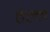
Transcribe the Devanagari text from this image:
तेल्ल